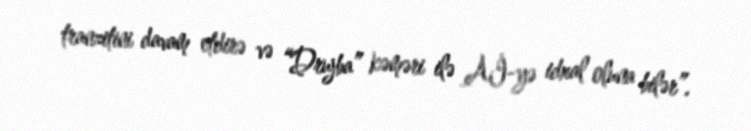
tranzitini davam etdirə və “Drujba” kəməri ilə Aİ-yə idxal oluna bilər”.